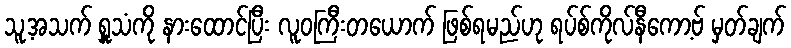
သူ့အသက် ရှူသံကို နားထောင်ပြီး လူဝကြီးတယောက် ဖြစ်ရမည်ဟု ရပ်စ်ကိုလ်နီကော့ဗ် မှတ်ချက်